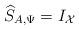
LaTeX: \begin{align*}\widehat{S}_{A,\Psi}=I_\mathcal{X} \end{align*}